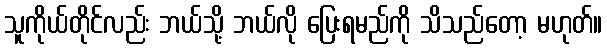
သူကိုယ်တိုင်လည်း ဘယ်သို့ ဘယ်လို ပြေးရမည်ကို သိသည်တော့ မဟုတ်။